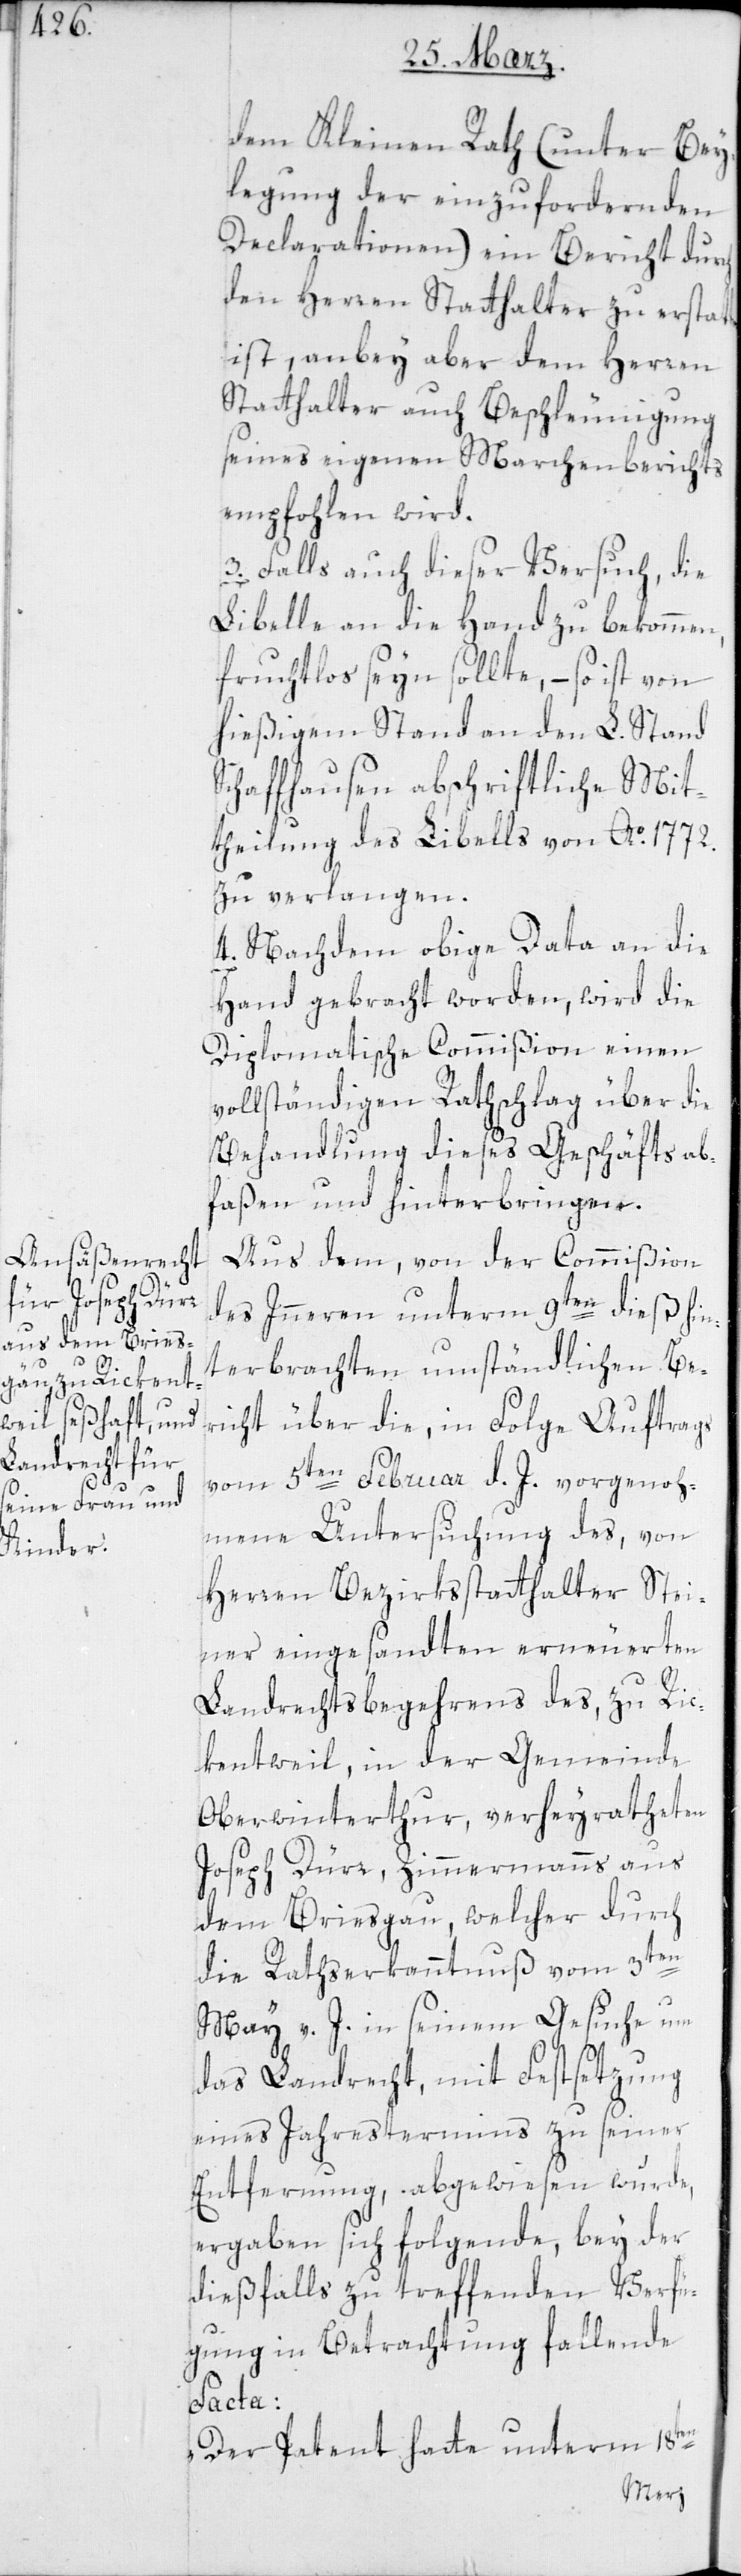
dem Kleinen Rath (unter Bei¬
legung der einzufordernden
Declarationen) ein Bericht durch
den Herren Statthalter zu erstat¬
ist, anbey aber dem Herren
Statthalter auch Beschleunigung
seines eigenen Marchenberichts
empfohlen wird.
3. Falls auch dieser Versuch, die
Libelle an die Hand zu bekommen,
fruchtlos sein sollte, – so ist von
hießigem Stand an den L. Stand
Schaffhausen abschriftliche Mit¬
theilung des Libells von Ao. 1772.
zu verlangen.
4. Nachdem obige Data an die
Hand gebracht worden, wird die
Diplomatische Commißion einen
vollständigen Rathschlag über die
Behandlung dieses Geschäfts ab¬
faßen und hinterbringen.
Aus dem, von der Commißion
des Innern unterm 9ten dieß hin¬
terbrachten umständlichen Be¬
richt über die, in Folge Auftrags
vom 5ten Februar d. J. vorgenoh¬
mene Untersuchung des, von
Herren Bezirksstatthalter Stei¬
ner eingesandten erneuerten
Landrechtsbegehrens des, zu Ric¬
kentweil in der Gemeinde
Oberwinterthur, verheyratheten
Joseph Dürr, Zimmermanns aus
dem Breisgau, welcher durch
die Rathserkanntnuß vom 3ten
May v. J. in seinem Gesuche um
das Landrecht, mit Festsetzung
eines Jahrestermins zu seiner
Entfernung, abgewiesen wurde,
ergaben sich folgende, bey der
diesfalls zu treffenden Verfü¬
gung in Betrachtung fallende
Facta:
„Der Petent hatte unterm 18ten